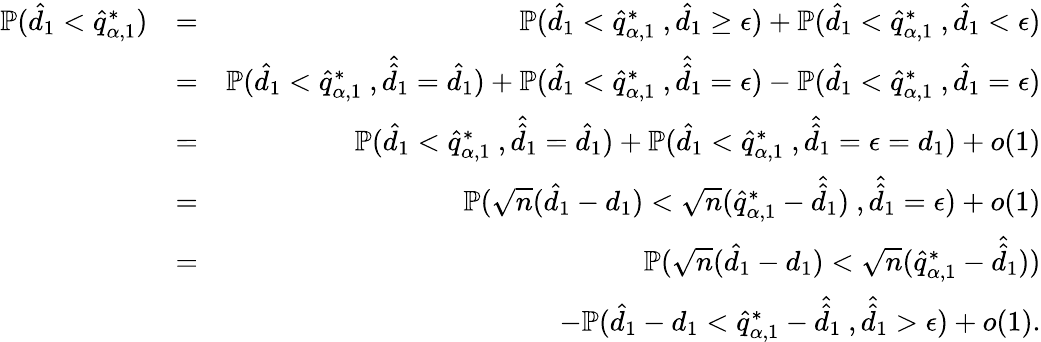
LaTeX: \begin{array}{rlr}{\mathbb{P}(\hat{d}_{1}<\hat{q}_{\alpha,1}^{*})}&{=}&{\mathbb{P}(\hat{d}_{1}<\hat{q}_{\alpha,1}^{*}\ ,\hat{d}_{1}\geq\epsilon)+\mathbb{P}(\hat{d}_{1}<\hat{q}_{\alpha,1}^{*}\ ,\hat{d}_{1}<\epsilon)}\\ &{=}&{\mathbb{P}(\hat{d}_{1}<\hat{q}_{\alpha,1}^{*}\ ,\hat{\hat{d}}_{1}=\hat{d}_{1})+\mathbb{P}(\hat{d}_{1}<\hat{q}_{\alpha,1}^{*}\ ,\hat{\hat{d}}_{1}=\epsilon)-\mathbb{P}(\hat{d}_{1}<\hat{q}_{\alpha,1}^{*}\ ,\hat{d}_{1}=\epsilon)}\\ &{=}&{\mathbb{P}(\hat{d}_{1}<\hat{q}_{\alpha,1}^{*}\ ,\hat{\hat{d}}_{1}=\hat{d}_{1})+\mathbb{P}(\hat{d}_{1}<\hat{q}_{\alpha,1}^{*}\ ,\hat{\hat{d}}_{1}=\epsilon=d_{1})+o(1)}\\ &{=}&{\mathbb{P}(\sqrt{n}(\hat{d}_{1}-d_{1})<\sqrt{n}(\hat{q}_{\alpha,1}^{*}-\hat{\hat{d}}_{1})\ ,\hat{\hat{d}}_{1}=\epsilon)+o(1)}\\ &{=}&{\mathbb{P}(\sqrt{n}(\hat{d}_{1}-d_{1})<\sqrt{n}(\hat{q}_{\alpha,1}^{*}-\hat{\hat{d}}_{1}))}\\ &{}&{-\mathbb{P}(\hat{d}_{1}-d_{1}<\hat{q}_{\alpha,1}^{*}-\hat{\hat{d}}_{1}\ ,\hat{\hat{d}}_{1}>\epsilon)+o(1).}\end{array}